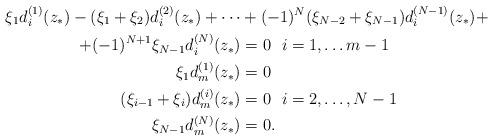
LaTeX: \begin{align*}\xi_1d_i^{(1)}(z_{\ast})-(\xi_1+\xi_2)d_i^{(2)}(z_{\ast})+\cdots&+(-1)^N(\xi_{N-2}+\xi_{N-1})d_i^{(N-1)}(z_{\ast})+\\+(-1)^{N+1}\xi_{N-1}d_i^{(N)}(z_{\ast})&=0\ \ i=1,\hdots m-1\\\xi_1d_m^{(1)}(z_{\ast})&=0\\(\xi_{i-1}+\xi_i)d_m^{(i)}(z_{\ast})&=0\ \ i=2,\hdots,N-1\\ \xi_{N-1}d_m^{(N)}(z_{\ast})&=0.\end{align*}